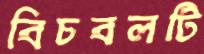
বিচবলটি